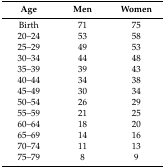
| Age | Men | Women |
 | --- | --- | --- |
 | Birth | 71 | 75 |
 | 20–24 | 53 | 58 |
 | 25–29 | 49 | 53 |
 | 30–34 | 44 | 48 |
 | 35–39 | 39 | 43 |
 | 40–44 | 34 | 38 |
 | 45–49 | 30 | 34 |
 | 50–54 | 26 | 29 |
 | 55–59 | 21 | 25 |
 | 60–64 | 18 | 20 |
 | 65–69 | 14 | 16 |
 | 70–74 | 11 | 13 |
 | 75–79 | 8 | 9 |